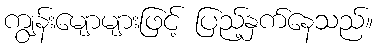
ကျွန်းမျောများဖြင့် ပြည့်နှက်နေသည်။